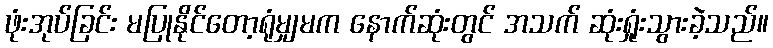
ဖုံးအုပ်ခြင်း မပြုနိုင်တော့ရုံမျှမက နောက်ဆုံးတွင် အသက် ဆုံးရှုံးသွားခဲ့သည်။